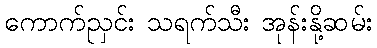
ကောက်ညှင်း သရက်သီး အုန်းနို့ဆမ်း